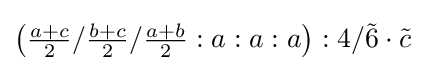
\left({\tfrac {a+c}{2}}/{\tfrac {b+c}{2}}/{\tfrac {a+b}{2}}:a:a:a\right):4/{\tilde {6}}\cdot {\tilde {c}}